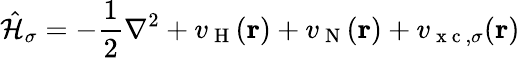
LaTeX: \hat{\mathcal{{H}}}_{\sigma}=-\frac{1}{2}\nabla^{2}+v_{\mathrm{~H~}}(\boldsymbol{\textbf{r}})+v_{\mathrm{~N~}}(\boldsymbol{\textbf{r}})+v_{\mathrm{~x~c~},\sigma}(\boldsymbol{\textbf{r}})